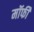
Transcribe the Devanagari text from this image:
मॉर्फी